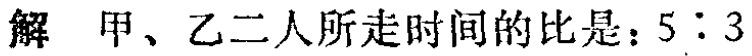
解 甲、乙二人所走时间的比是：\(5:3\)